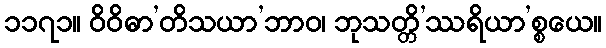
၁၁၇၁။ ဝိဝိဓာ’တိသယာ’ဘာဝ၊ ဘုသတ္တိ’ဿရိယာ’စ္စယေ။